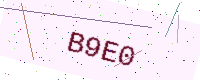
Text: B9E0